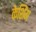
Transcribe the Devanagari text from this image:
केशिंग